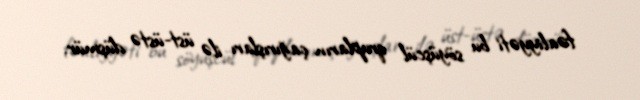
fəaliyyəti bu söyüşcül qrupların çağırışları ilə üst-üstə düşmür.